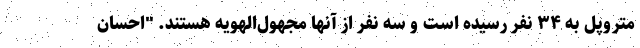
متروپل به ۳۴ نفر رسیده است و سه نفر از آنها مجهول‌الهویه هستند. "احسان